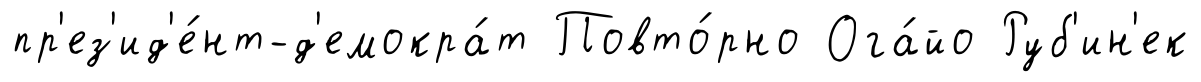
пр'ез'ид'е́нт-д'емокра́т Повто́рно Ога́йо Руб'ин'ек